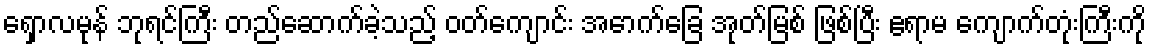
ရှောလမုန် ဘုရင်ကြီး တည်ဆောက်ခဲ့သည့် ဝတ်ကျောင်း အောက်ခြေ အုတ်မြစ် ဖြစ်ပြီး ဧရာမ ကျောက်တုံးကြီးကို